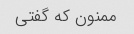
ممنون که گفتی